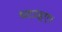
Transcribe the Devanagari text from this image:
घटाइए।